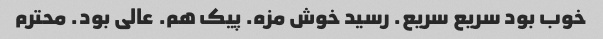
خوب بود سریع سریع. رسید خوش مزه. پیک هم. عالی بود. محترم